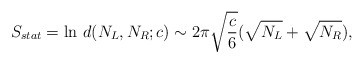
\begin{align*}S_{stat}=\ln\,d(N_L,N_R;c)\sim 2\pi\sqrt{c\over 6}(\sqrt{N_L}+\sqrt{N_R}), \end{align*}